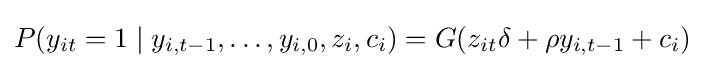
P(y_{it}=1\mid y_{i,t-1},\dots ,y_{i,0},z_{i},c_{i})=G(z_{it}\delta +\rho y_{i,t-1}+c_{i})